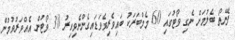
ފެނޭތޯ ބެލުމަށް ނެގި ވޯޓުގައި 60 މެމްބަރަކު ބައިވެރިވެވަޑައިގެންނެވިއިރު 30 ވޯޓުން އެއްވަރުވުމުން